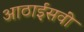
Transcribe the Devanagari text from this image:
आठाईसवीं